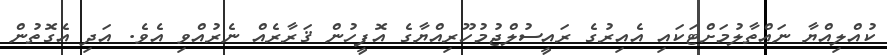
ކުއްލިއްޔާ ނައްތާލުމަށްޓަކައި އެއިރުގެ ރައީސުލްޖުމުހޫރިއްޔާގެ އޮފީހުން ޤަރާރެއް ނެރުއްވި އެވެ. އަދި އެގޮތުން